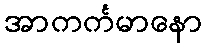
အာကင်္ကမာနော